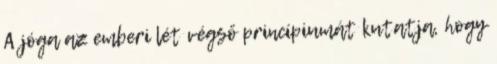
A jóga az emberi lét végső princípiumát kutatja, hogy